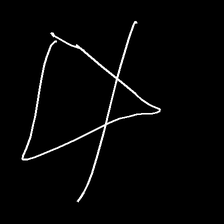
Glyph: empower